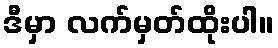
ဒီမှာ လက်မှတ်ထိုးပါ။